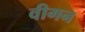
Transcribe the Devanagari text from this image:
वीगन